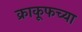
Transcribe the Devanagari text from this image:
क्राकूफच्या